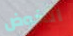
الخوض